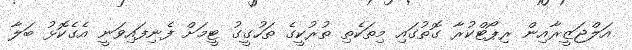
އަލްޖަޒީރާއިން ރިޕޯޓްކުރާ ގޮތުގައި މިތަކެތި ތުރުކީގެ ތަހުގީގު ޓީމަށް ފެނިފައިވަނީ އެގެކޮޅު ބަލާ